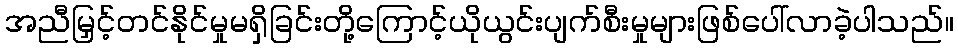
အညီမြှင့်တင်နိုင်မှုမရှိခြင်းတို့ကြောင့်ယိုယွင်းပျက်စီးမှုများဖြစ်ပေါ်လာခဲ့ပါသည်။